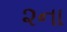
૨ના